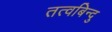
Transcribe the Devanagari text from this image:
तत्वबिन्दु